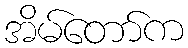
အိမ်တော်က